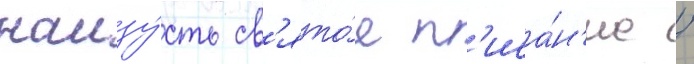
наизу́сть св'ято́е п'иса́н'ие /